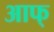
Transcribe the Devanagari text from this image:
आफ्